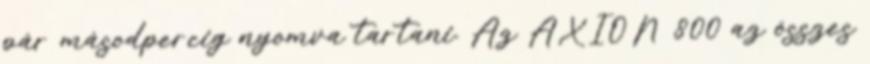
pár másodpercig nyomva tartani. Az AXION 800 az összes